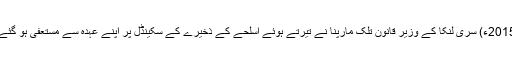
2015ء) سری لنکا کے وزیر قانون تلک مارپنا نے تیرتے ہوئے اسلحے کے ذخیرے کے سکینڈل پر اپنے عہدہ سے مستعفی ہو گئے۔